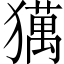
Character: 𤢥